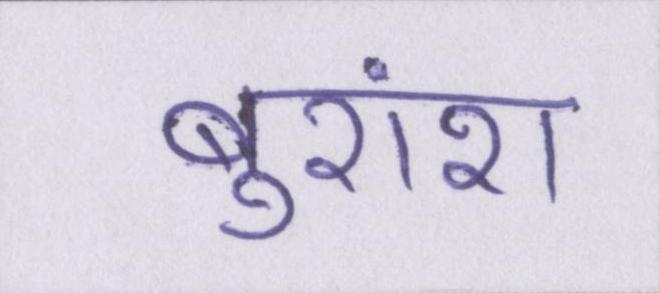
बुरांश